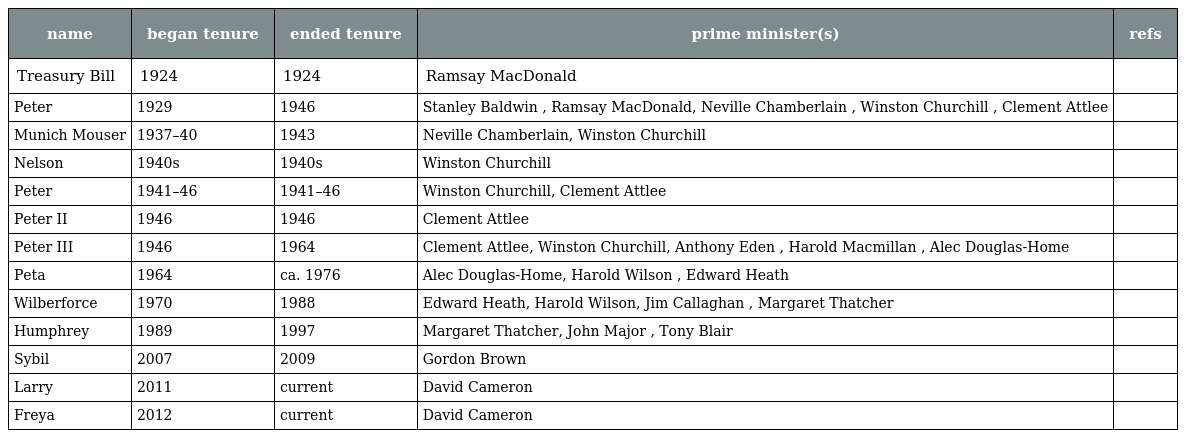
| name | began tenure | ended tenure | prime minister(s) | refs |
 | --- | --- | --- | --- | --- |
 | Treasury Bill | 1924 | 1924 | Ramsay MacDonald |  |
 | Peter | 1929 | 1946 | Stanley Baldwin , Ramsay MacDonald, Neville Chamberlain , Winston Churchill , Clement Attlee |  |
 | Munich Mouser | 1937–40 | 1943 | Neville Chamberlain, Winston Churchill |  |
 | Nelson | 1940s | 1940s | Winston Churchill |  |
 | Peter | 1941–46 | 1941–46 | Winston Churchill, Clement Attlee |  |
 | Peter II | 1946 | 1946 | Clement Attlee |  |
 | Peter III | 1946 | 1964 | Clement Attlee, Winston Churchill, Anthony Eden , Harold Macmillan , Alec Douglas-Home |  |
 | Peta | 1964 | ca. 1976 | Alec Douglas-Home, Harold Wilson , Edward Heath |  |
 | Wilberforce | 1970 | 1988 | Edward Heath, Harold Wilson, Jim Callaghan , Margaret Thatcher |  |
 | Humphrey | 1989 | 1997 | Margaret Thatcher, John Major , Tony Blair |  |
 | Sybil | 2007 | 2009 | Gordon Brown |  |
 | Larry | 2011 | current | David Cameron |  |
 | Freya | 2012 | current | David Cameron |  |